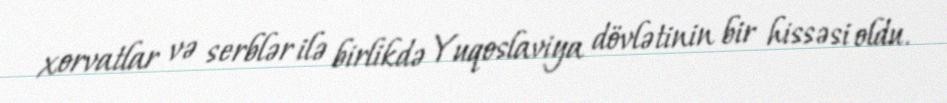
xorvatlar və serblər ilə birlikdə Yuqoslaviya dövlətinin bir hissəsi oldu.